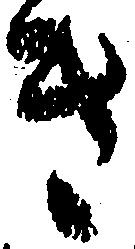
き